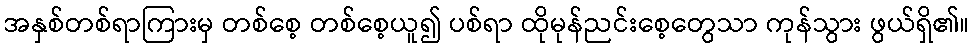
အနှစ်တစ်ရာကြားမှ တစ်စေ့ တစ်စေ့ယူ၍ ပစ်ရာ ထိုမုန်ညင်းစေ့တွေသာ ကုန်သွား ဖွယ်ရှိ၏။